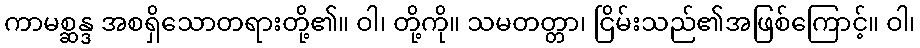
ကာမစ္ဆန္ဒ အစရှိသောတရားတို့၏။ ဝါ၊ တို့ကို။ သမတတ္တာ၊ ငြိမ်းသည်၏အဖြစ်ကြောင့်။ ဝါ၊